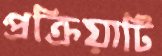
প্রক্রিয়াটি